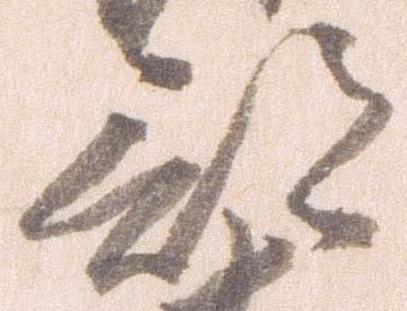
部